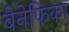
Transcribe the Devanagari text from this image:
बेनेफिका